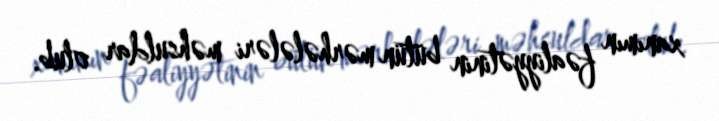
xanımın fəaliyyətinin bütün mərhələləri məhsuldar olub.